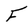
Character: f